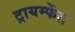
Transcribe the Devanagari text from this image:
ट्रायम्फेंस